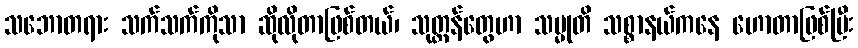
သဘောတရား သက်သက်ကိုသာ ဆိုလိုတာဖြစ်တယ်၊ သုတ္တန်တွေဟာ သမ္မုတိ သစ္စာနယ်ကနေ ဟောတာဖြစ်ပြီး